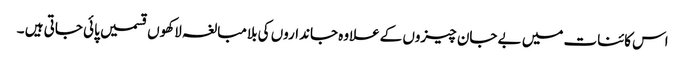
اس کائنات میں بے جان چیزوں کےعلاوہ جانداروں کی بلامبالغہ لاکھوں قسمیں پائی جاتی ہیں ۔